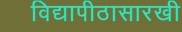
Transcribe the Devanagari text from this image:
विद्यापीठासारखी